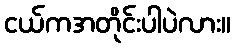
ငယ်ကအတိုင်းပါပဲလား။